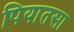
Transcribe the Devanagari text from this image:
पियातसा